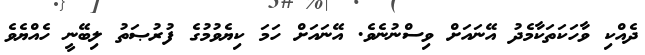
ދެއްކި ވާހަކަތަކާމެދު އޭނައަށް ވިސްނުނެވެ. އޭނައަށް ހަމަ ކިޔެވުމުގެ ފުރުޞަތު ލިބޭނީ ހެއްޔެވެ